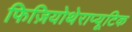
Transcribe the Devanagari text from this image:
फिज़ियोथेराप्यूटिक